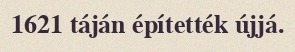
1621 táján építették újjá.